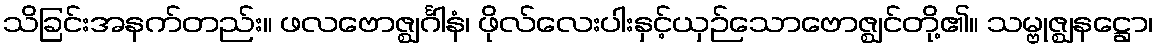
သိခြင်းအနက်တည်း။ ဖလဗောဇ္ဈင်္ဂါနံ၊ ဖိုလ်လေးပါးနှင့်ယှဉ်သောဗောဇ္ဈင်တို့၏။ သမ္ဗုဇ္ဈနဋ္ဌော၊